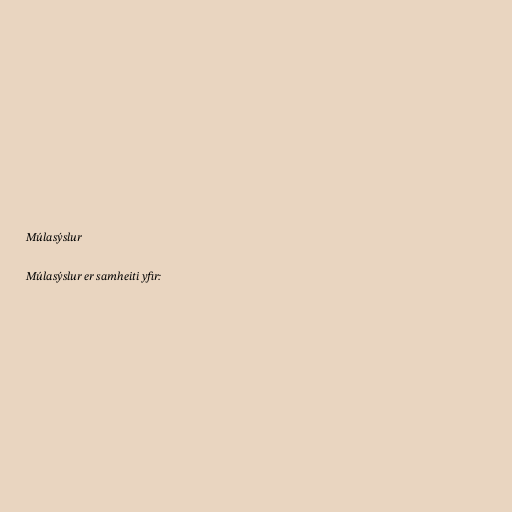
Múlasýslur

Múlasýslur er samheiti yfir: